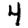
Digit: 4